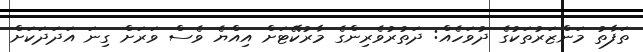
ތަފާތު މަންޒަރުތަކުގެ ދުވަހެެއް: ދަތުރުވެރިންގެ މާރުކޭޓަށް އިއްޔެ ވެސް ވަރަށް ގިނަ އަދަދަކަށް